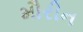
મૌરીન